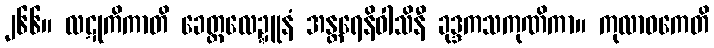
၂၆၆။ လဋုကိကာတိ ခေတ္တလေဍ္ဍူနံ အန္တရေနိဝါသိနီ ခုဒ္ဒကသကုဏိကာ။ ကုလာဝကေတိ